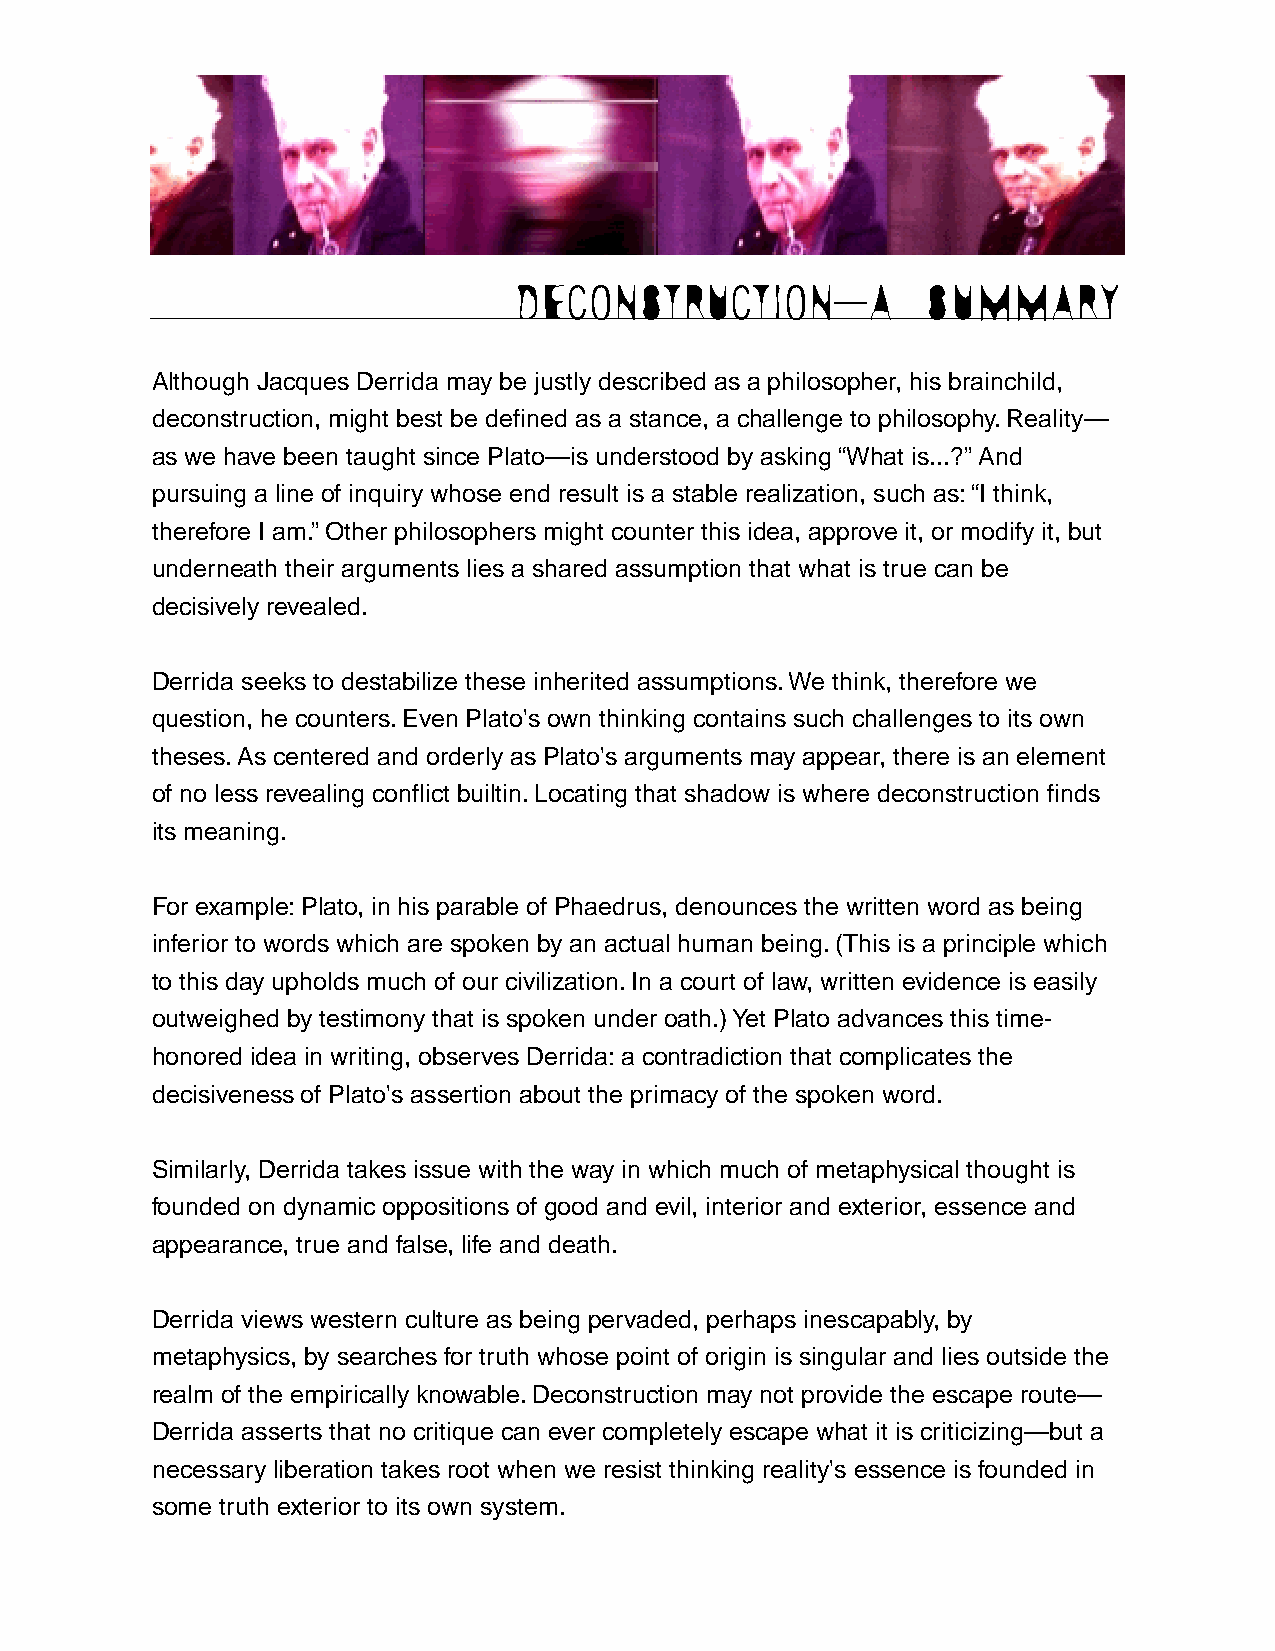
DECONSTRUCTION—A           SUMMARY
 Although Jacques Derrida may be justly described as a philosopher, his brainchild,
 deconstruction, might best be defined as a stance, a challenge to philosophy.Reality—
 as we have been taught since Plato—is understood by asking “What is...?”And
 pursuing a line of inquiry whose end result is a stable realization, such as:“I think,
 therefore I am.”Other philosophers might counter this idea, approve it, or modify it, but
 underneath their arguments lies a shared assumption that what is true can be
 decisively revealed.
 Derrida seeks to destabilize these inherited assumptions.We think, therefore we
 question, he counters.Even Plato's own thinking contains such challenges to its own
 theses.As centered and orderly as Plato's arguments may appear, there is an element
 of no less revealing conflict builtin.Locating that shadow is where deconstruction finds
 its meaning.
 For example:Plato, in his parable of Phaedrus, denounces the written word as being
 inferior to words which are spoken by an actual human being.(This is a principle which
 to this day upholds much of our civilization.In a court of law, written evidence is easily
 outweighed by testimony that is spoken under oath.) Yet Plato advances this time-
 honored idea in writing, observes Derrida:a contradiction that complicates the
 decisiveness of Plato's assertion about the primacy of the spoken word.
 Similarly, Derrida takes issue with the way in which much of metaphysical thought is
 founded on dynamic oppositions of good and evil, interior and exterior, essence and
 appearance, true and false, life and death.
 Derrida views western culture as being pervaded, perhaps inescapably, by
 metaphysics, by searches for truth whose point of origin is singular and lies outside the
 realm of the empirically knowable.Deconstruction may not provide the escape route—
 Derrida asserts that no critique can ever completely escape what it is criticizing—but a
 necessary liberation takes root when we resist thinking reality's essence is founded in
 some truth exterior to its own system.